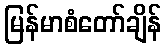
မြန်မာစံတော်ချိန်